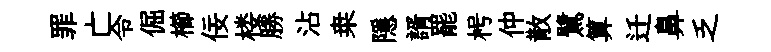
罪亡令倔櫛佞楼勝沾桒隱諝罷枵仲散鷺算迁鼻乏